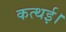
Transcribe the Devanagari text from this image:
कत्थई।